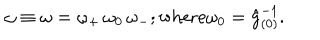
LaTeX: \omega \equiv \omega = \omega _ { + } \, \omega _ { 0 } \, \omega _ { - } ; \mathrm { w h e r e } \omega _ { 0 } = \hat { g } _ { ( 0 ) } ^ { - 1 } .